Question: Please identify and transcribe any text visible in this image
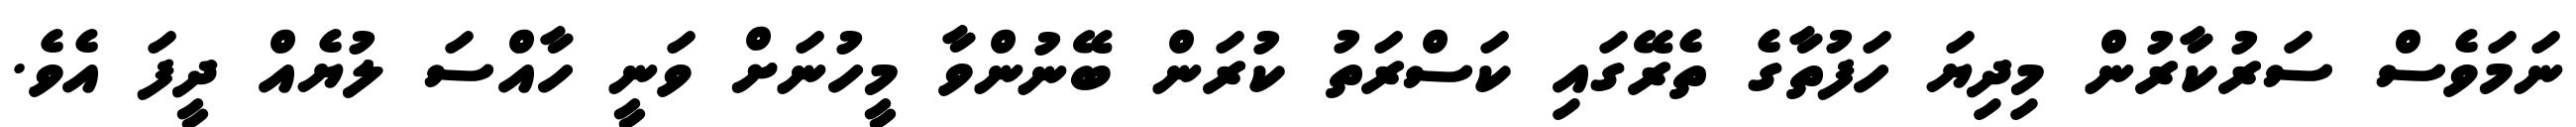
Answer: ނަމަވެސް ސަރުކާރުން މިދިޔަ ހަފުތާގެ ތެރޭގައި ކަސްރަތު ކުރަން ބޭނުންވާ މީހުނަށް ވަނީ ހާއްސަ ލުޔެއް ދީފަ އެވެ.